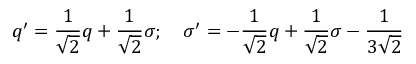
q ^ { \prime } = \frac { 1 } { \sqrt { 2 } } q + \frac { 1 } { \sqrt { 2 } } \sigma ; \quad \sigma ^ { \prime } = - \frac { 1 } { \sqrt { 2 } } q + \frac { 1 } { \sqrt { 2 } } \sigma - \frac { 1 } { 3 \sqrt { 2 } }